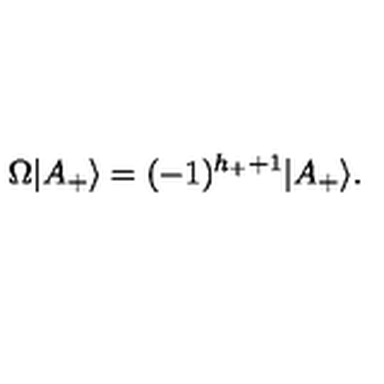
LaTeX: \Omega | A _ { + } \rangle = ( - 1 ) ^ { h _ { + } + 1 } | A _ { + } \rangle .